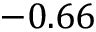
- 0 . 6 6